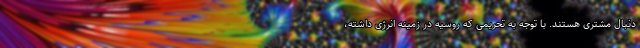
دنبال مشتری هستند. با توجه به تحریمی که روسیه در زمینه انرژی داشته،